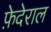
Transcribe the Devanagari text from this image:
फ़ेदेराल